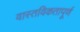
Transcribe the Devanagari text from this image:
वास्तविकतापूर्ण